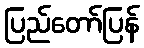
ပြည်တော်ပြန်